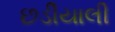
છડીયાલી